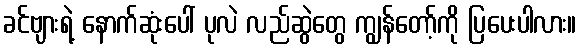
ခင်ဗျားရဲ့ နောက်ဆုံးပေါ် ပုလဲ လည်ဆွဲတွေ ကျွန်တော့်ကို ပြပေးပါလား။